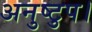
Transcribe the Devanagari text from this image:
अनुष्टुप।